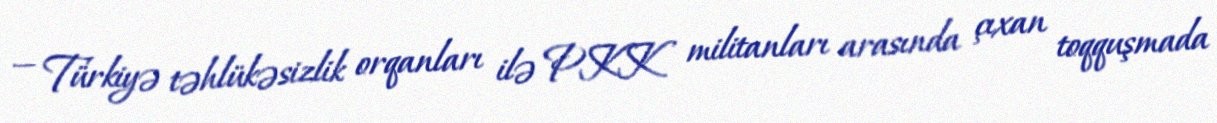
— Türkiyə təhlükəsizlik orqanları ilə PKK militanları arasında çıxan toqquşmada